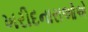
ખરીદનારાઓએ